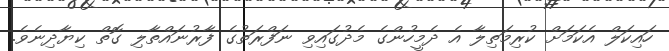
ހައިކަލް އެކަމަށް ކުރިމަތިލާ އެ ދެމީހުންގެ މެދުގައިވި ނަފްރަތުގެ ފާރުނައްތާލި ގޮތް ކިޔާދިނެވެ.